Note on the mental hospitals in Burma - 1925-1940
Year: 1925
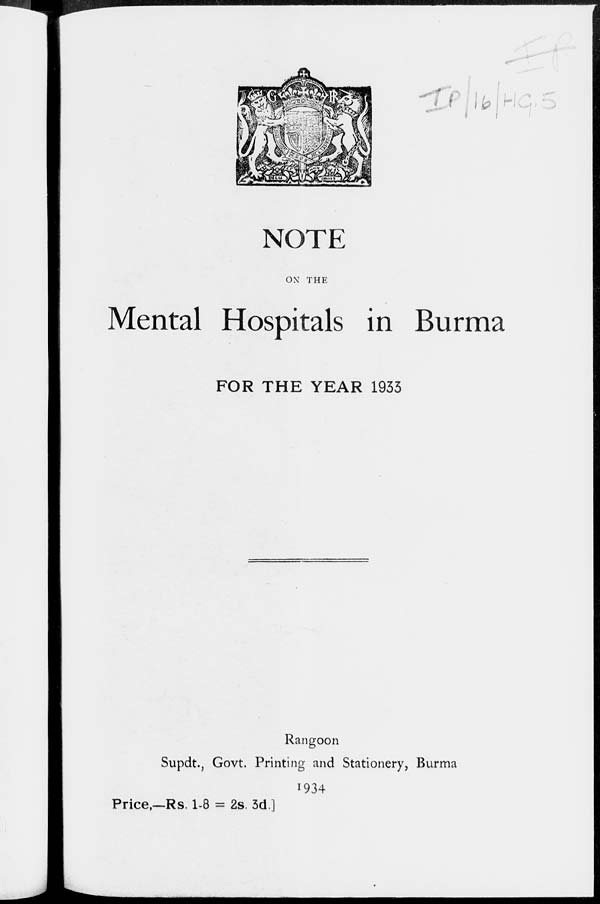
NOTE
ON THE
Mental Hospitals in Burma
FOR THE YEAR 1933
Rangoon
Supdt., Govt. Printing and Stationery, Burma
1934
Price,—Rs. 1-8 = 2s. 3d]